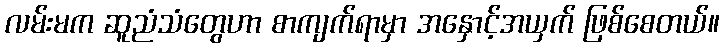
လမ်းမက ဆူညံသံတွေဟာ စာကျက်ရာမှာ အနှောင့်အယှက် ဖြစ်စေတယ်။